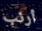
أرنب